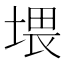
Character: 㙗